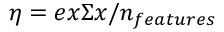
\eta { } = e x \Sigma { } x / n _ { f e a t u r e s }